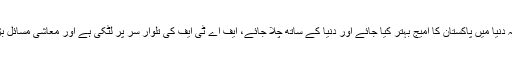
ایک ایسے وقت میں جب ہماری خارجہ پالیسی کا مرکزی خیال ہی یہ ہے کہ دنیا میں پاکستان کا امیج بہتر کیا جائے اور دنیا کے ساتھ چلا جائے، ایف اے ٹی ایف کی تلوار سر پر لٹکی ہے اور معاشی مسائل بڑھتے جا رہے ہیں، کیا ہم بین الاقوامی برادری کو نظر انداز کر سکتے ہیں؟